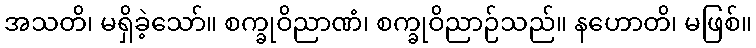
အသတိ၊ မရှိခဲ့သော်။ စက္ခုဝိညာဏံ၊ စက္ခုဝိညာဉ်သည်။ နဟောတိ၊ မဖြစ်။